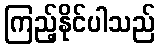
ကြည့်နိုင်ပါသည်